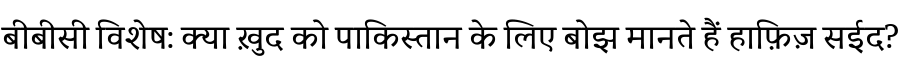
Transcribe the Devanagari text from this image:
बीबीसी विशेष: क्या ख़ुद को पाकिस्तान के लिए बोझ मानते हैं हाफ़िज़ सईद?